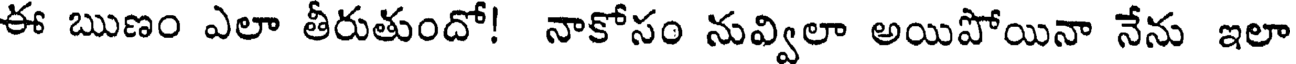
ఈ ఋణం ఎలా తీరుతుందో! నాకోసం నువ్విలా అయిపోయినా నేను ఇలా